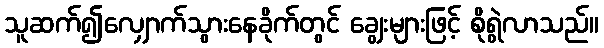
သူဆက်၍လျှောက်သွားနေခိုက်တွင် ချွေးများဖြင့် စိုရွဲလာသည်။